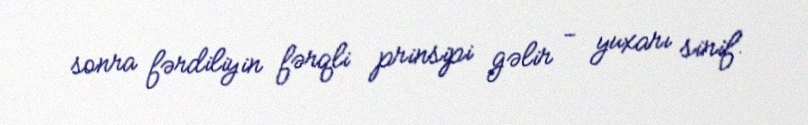
sonra fərdiliyin fərqli prinsipi gəlir - yuxarı sinif.